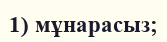
1) мұнарасыз;